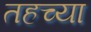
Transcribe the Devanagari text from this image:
तहच्या